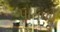
પાતળો